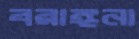
বরাঙ্গনা